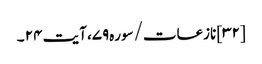
[۳۲] نازعات/سوره۷۹، آیت ۲۴ ۔